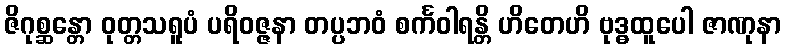
ဇိဂုစ္ဆန္တော ဝုတ္တသရူပံ ပရိဝဇ္ဇနာ တပ္ပဘဝံ စင်္ကဝါရန္တိ ဟိတေဟိ ဗုဒ္ဓထူပေါ ဇာဏုနာ